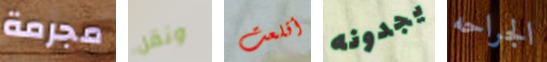
مجرمة ونقل أقلعت يجدونه الجراحه